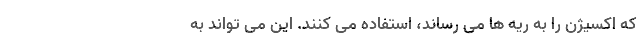
که اکسیژن را به ریه ها می رساند، استفاده می کنند. این می تواند به